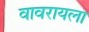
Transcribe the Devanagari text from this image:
वावरायला